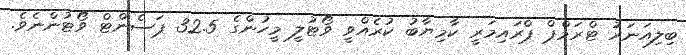
ބިލިއަނަރު ޓްރަމްޕް ޕްރައިމަރީ ކާމިޔާބު ކުރެއްވީ ވޯޓުލީ މީހުންގެ 32.5 ޕަސެންޓް ވޯޓުންނެވެ.